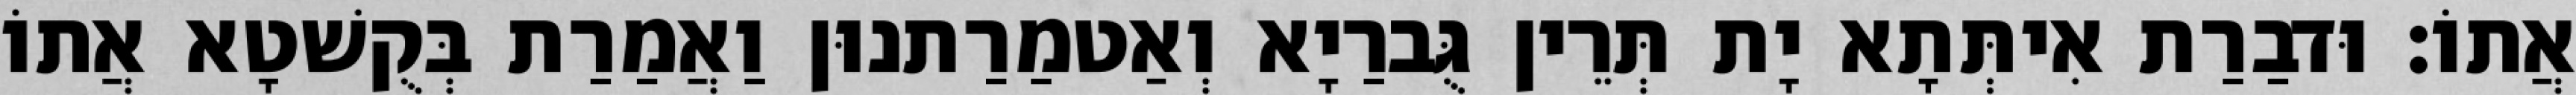
אֲתוֹ׃ וּדבַרַת אִיתְּתָא יָת תְּרֵין גֻּברַיָא וְאַטמַרַתנוּן וַאֲמַרַת בְּקֻשׁטָא אֲתוֹ